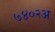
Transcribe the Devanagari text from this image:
७४०२अ